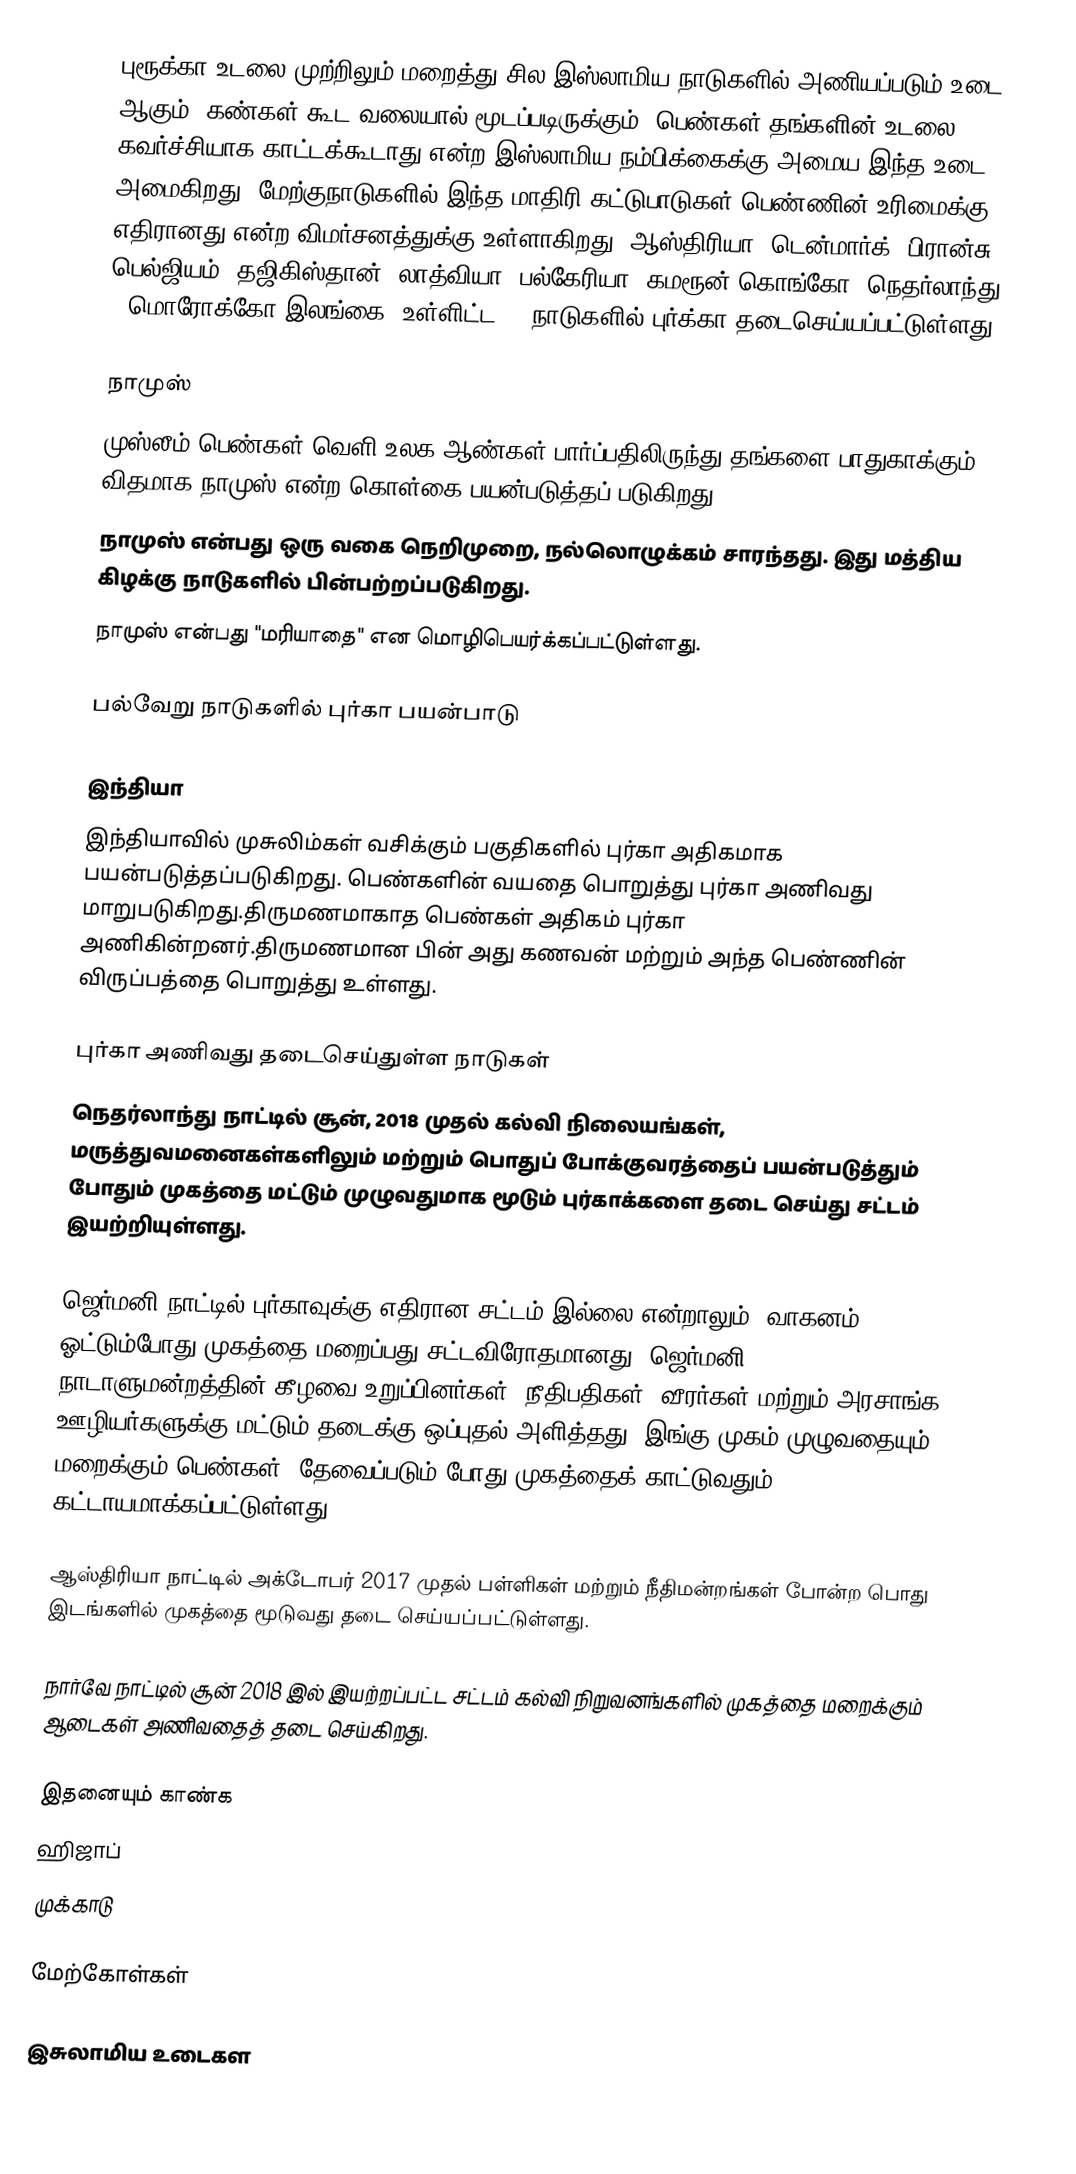
புரூக்கா உடலை முற்றிலும் மறைத்து சில இஸ்லாமிய நாடுகளில் அணியப்படும் உடை ஆகும்.  கண்கள் கூட வலையால் மூடப்படிருக்கும்.  பெண்கள் தங்களின் உடலை கவர்ச்சியாக காட்டக்கூடாது என்ற இஸ்லாமிய நம்பிக்கைக்கு அமைய இந்த உடை அமைகிறது.  மேற்குநாடுகளில் இந்த மாதிரி கட்டுபாடுகள் பெண்ணின் உரிமைக்கு எதிரானது என்ற விமர்சனத்துக்கு உள்ளாகிறது. ஆஸ்திரியா, டென்மார்க், பிரான்சு, பெல்ஜியம், தஜிகிஸ்தான், லாத்வியா, பல்கேரியா, கமரூன்,கொங்கோ, நெதர்லாந்து , மொரோக்கோ  இலங்கை. உள்ளிட்ட 14 நாடுகளில் புர்க்கா தடைசெய்யப்பட்டுள்ளது.

நாமுஸ்
முஸ்லீம் பெண்கள் வெளி உலக ஆண்கள் பார்ப்பதிலிருந்து தங்களை பாதுகாக்கும் விதமாக நாமுஸ் என்ற கொள்கை பயன்படுத்தப் படுகிறது.
நாமுஸ் என்பது ஒரு வகை நெறிமுறை, நல்லொழுக்கம் சாரந்தது. இது மத்திய கிழக்கு நாடுகளில் பின்பற்றப்படுகிறது.
நாமுஸ் என்பது "மரியாதை" என மொழிபெயர்க்கப்பட்டுள்ளது.

பல்வேறு நாடுகளில் புர்கா பயன்பாடு

இந்தியா
இந்தியாவில் முசுலிம்கள் வசிக்கும் பகுதிகளில் புர்கா அதிகமாக பயன்படுத்தப்படுகிறது. பெண்களின் வயதை பொறுத்து புர்கா அணிவது மாறுபடுகிறது.திருமணமாகாத பெண்கள் அதிகம் புர்கா அணிகின்றனர்.திருமணமான பின் அது கணவன் மற்றும் அந்த பெண்ணின் விருப்பத்தை பொறுத்து உள்ளது.

புர்கா அணிவது தடைசெய்துள்ள நாடுகள்
 நெதர்லாந்து நாட்டில் சூன், 2018 முதல் கல்வி நிலையங்கள், மருத்துவமனைகள்களிலும் மற்றும் பொதுப் போக்குவரத்தைப் பயன்படுத்தும் போதும் முகத்தை மட்டும் முழுவதுமாக மூடும் புர்காக்களை  தடை செய்து சட்டம் இயற்றியுள்ளது.

 ஜெர்மனி நாட்டில் புர்காவுக்கு எதிரான சட்டம் இல்லை என்றாலும், வாகனம் ஓட்டும்போது முகத்தை மறைப்பது சட்டவிரோதமானது. ஜெர்மனி நாடாளுமன்றத்தின் கீழவை உறுப்பினர்கள், நீதிபதிகள், வீரர்கள் மற்றும் அரசாங்க ஊழியர்களுக்கு மட்டும் தடைக்கு ஒப்புதல் அளித்தது. இங்கு முகம் முழுவதையும் மறைக்கும் பெண்கள், தேவைப்படும் போது முகத்தைக் காட்டுவதும் கட்டாயமாக்கப்பட்டுள்ளது.

 ஆஸ்திரியா நாட்டில் அக்டோபர் 2017 முதல் பள்ளிகள் மற்றும் நீதிமன்றங்கள் போன்ற பொது இடங்களில் முகத்தை மூடுவது தடை செய்யப்பட்டுள்ளது.

 நார்வே நாட்டில் சூன் 2018 இல் இயற்றப்பட்ட சட்டம்  கல்வி நிறுவனங்களில் முகத்தை மறைக்கும் ஆடைகள் அணிவதைத் தடை செய்கிறது.

இதனையும் காண்க
 ஹிஜாப்
 முக்காடு

மேற்கோள்கள்

இசுலாமிய உடைகள